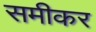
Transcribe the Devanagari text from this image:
समीकर